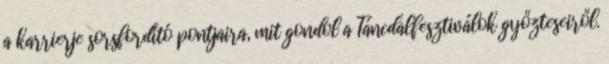
a karrierje sorsfordító pontjaira, mit gondol a Táncdalfesztiválok győzteseiről.